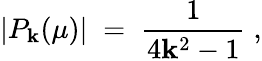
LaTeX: |P_{\mathbf{k}}(\mu)|\; =\; \frac{{1}}{{4\mathbf{k}^{2}-1}}\; ,